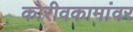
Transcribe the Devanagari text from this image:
कोरीवकामांवर